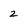
Character: 2